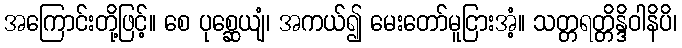
အကြောင်းတို့ဖြင့်။ စေ ပုစ္ဆေယျံ၊ အကယ်၍ မေးတော်မူငြားအံ့။ သတ္တရတ္တိန္ဒိဝါနိပိ၊